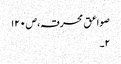
صواعق محرقہ،ص۱۲۰
۲۔